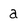
Character: a